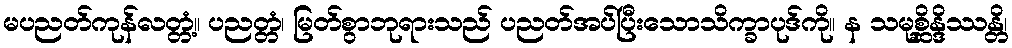
မပညတ်ကုန်လတ္တံ့။ ပညတ္တံ၊ မြတ်စွာဘုရားသည် ပညတ်အပ်ပြီးသောသိက္ခာပုဒ်ကို။ န သမုစ္ဆိန္ဒိဿန္တိ၊